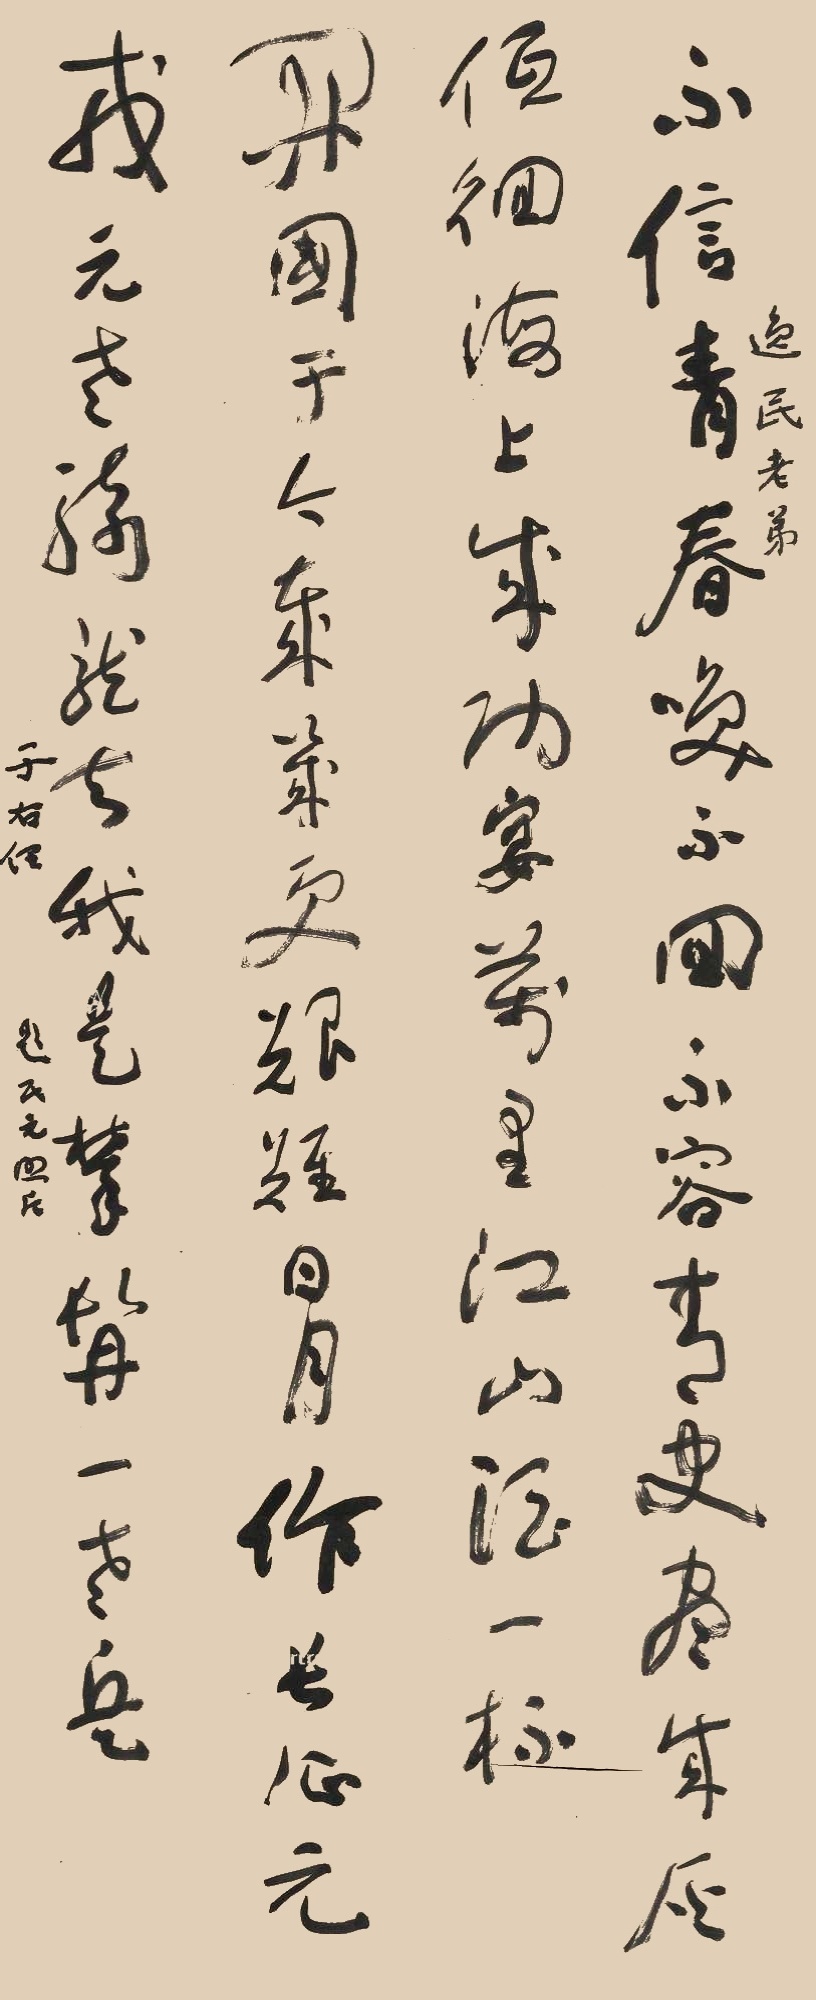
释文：不信青春唤不回吗，不容青史尽成灰。低徊海上成功宴，万里江山酒一杯。开国于今岁几更，艰难日月作长征。元戎元老骑龙去，我是攀髯一老兵。逸民老弟，于右任题。题民元照片。